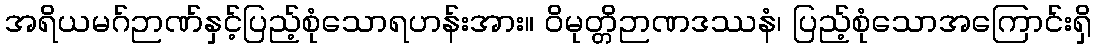
အရိယမဂ်ဉာဏ်နှင့်ပြည့်စုံသောရဟန်းအား။ ဝိမုတ္တိဉာဏဒဿနံ၊ ပြည့်စုံသောအကြောင်းရှိ